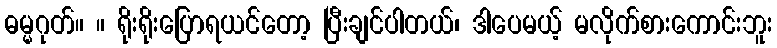
ဓမ္မဂုတ်။ ။ ရိုးရိုးပြောရယင်တော့ ပြီးချင်ပါတယ်၊ ဒါပေမယ့် မလိုက်စားကောင်းဘူး